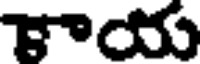
కాయ